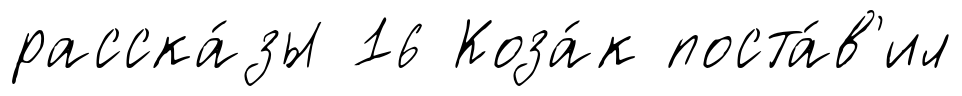
расска́зы 16 Коза́к поста́в'ил